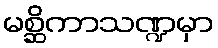
မစ္ဆိကာသဏ္ဍမှာ